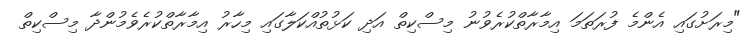
"މިރަށުގައި އެންމެ ފުރަތަމަ އިމާރާތްކުރެވުނު މިސްކިތް އަދި ކަޅުތުއްކަލާގައި މިހާރު އިމާރާތްކުރެވެމުންދާ މިސްކިތް